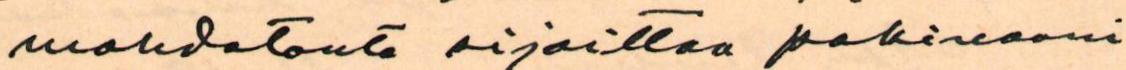
mahdotonta sijoittaa pakinaani